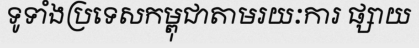
ទូទាំងប្រទេសកម្ពុជាតាមរយៈការ ផ្សាយ